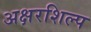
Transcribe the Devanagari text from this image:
अक्षरशिल्प